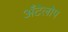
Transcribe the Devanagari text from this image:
अँटेलोप